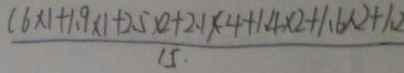
\frac { ( 6 \times 1 + 1 . 9 \times 1 + 2 . 5 \times 2 + 2 . 1 ) ( 4 + 1 . 4 \times 2 + 1 . 6 \times 2 + 1 . 2 } { 1 5 . }